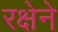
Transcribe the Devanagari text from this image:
रक्षेने